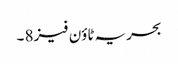
بحریہ ٹاؤن فیز 8 ۔